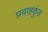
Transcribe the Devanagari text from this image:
प्रवाहकुंड